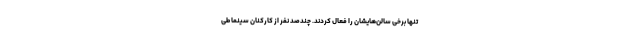
تنها برخی سالن‌هایشان را فعال کردند. چندصد نفر از کارکنان سینما طی